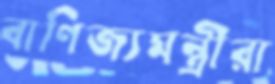
বাণিজ্যমন্ত্রীরা